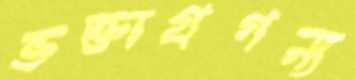
ভক্তাগ্রগন্য